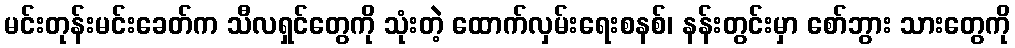
မင်းတုန်းမင်းခေတ်က သီလရှင်တွေကို သုံးတဲ့ ထောက်လှမ်းရေးစနစ်၊ နန်းတွင်းမှာ စော်ဘွား သားတွေကို